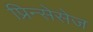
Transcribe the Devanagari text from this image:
प्रिन्सेसेज